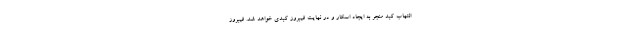
التهاب کبد منجر به ایجاد اسکار و در نهایت فیبروز کبدی خواهد شد. فیبروز